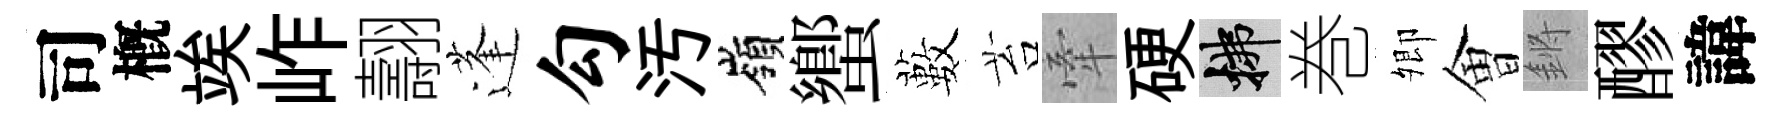
司槪竢岞翿蓬勾汚嶺蠁藪苔牽硬拂巻𡖖㑹鏘醪諱